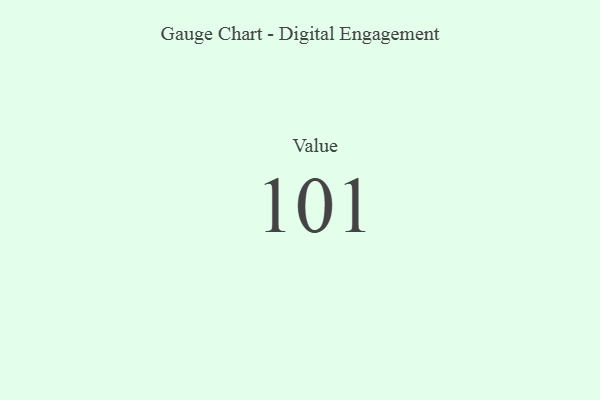
{"axis": {"x": "Metric", "y": "Value"}, "legend": [""], "data": [{"x": "Value", "y": 101, "type": ""}]}